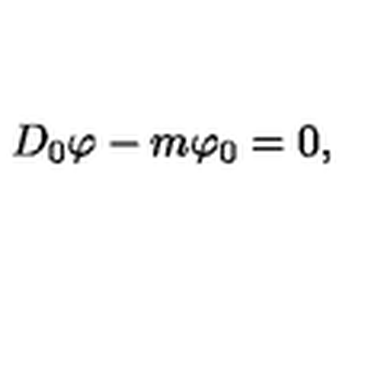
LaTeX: D _ { 0 } \varphi - m \varphi _ { 0 } = 0 ,